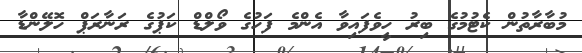
މުބާރާތުން ކެޓުމުގެ ބިރު ހީވެފައިވާ އެންމެ ފަހުގެ ވޯލްޑް ކަޕުގެ ރަނާރަޕް ހޮލޭންޑާ